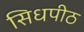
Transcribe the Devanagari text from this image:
सिधपीठ